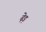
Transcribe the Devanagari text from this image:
ढ़ेड़